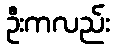
ဦးကလည်း